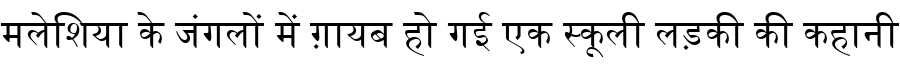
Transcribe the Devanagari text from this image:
मलेशिया के जंगलों में ग़ायब हो गई एक स्कूली लड़की की कहानी